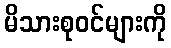
မိသားစုဝင်များကို